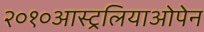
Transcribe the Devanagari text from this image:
२०१०आस्ट्रलियाओपेन